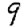
Digit: 9